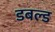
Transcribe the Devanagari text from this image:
डबल्ड